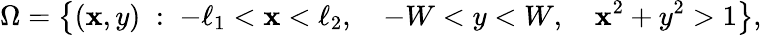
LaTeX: \Omega=\left\lbrace(\mathbf{x},y)\; :\; -\ell_{1}<\mathbf{x}<\ell_{2},\quad-W<y<W,\quad\mathbf{x}^{2}+y^{2}>1\right\rbrace,